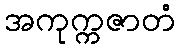
အကုက္ကဇာတံ